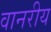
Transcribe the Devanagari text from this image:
वानरीय